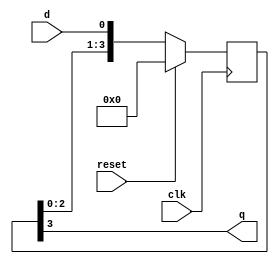
module synchronizer(
    input wire clk,
    input wire reset,
    input wire d,
    output reg q
);

reg [3:0] stages;

always @(posedge clk) begin
    if (reset) begin
        stages <= 4'b0000;
    end else begin
        stages <= {stages[2:0], d};
    end
end

assign q = stages[3];

endmodule